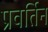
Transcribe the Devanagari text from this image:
प्रवर्तिन